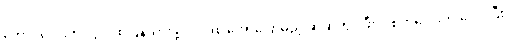
ကောင်လေးကို ကွင်းထဲပြန်သွားဖို့ ဂျူးဒစ် အော်ပြောမည့် ဆဲဆဲတွင် ဖီးလစ်ကလေးက ဒေါပွပြီး